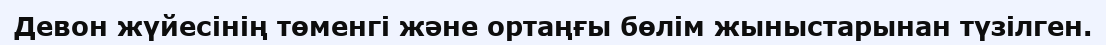
Девон жүйесінің төменгі және ортаңғы бөлім жыныстарынан түзілген.